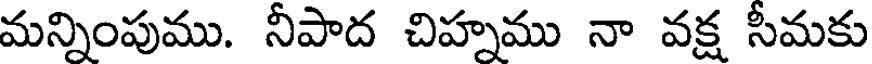
మన్నింపుము. నీపాద చిహ్నము నా వక్ష సీమకు